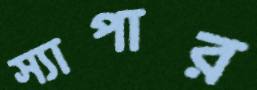
স্যাপার